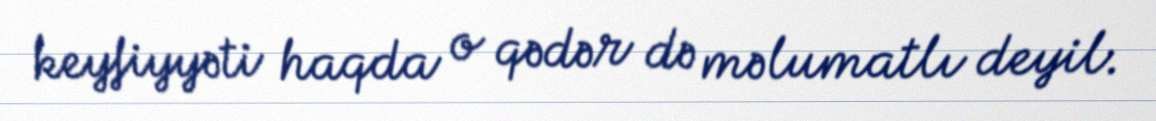
keyfiyyəti haqda o qədər də məlumatlı deyil.